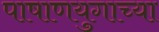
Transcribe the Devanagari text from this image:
पाषाणयुगाच्या